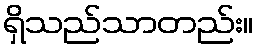
ရှိသည်သာတည်း။